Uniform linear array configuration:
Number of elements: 64
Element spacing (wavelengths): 0.5
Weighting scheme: cosine
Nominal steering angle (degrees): -60
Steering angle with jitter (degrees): -58.917
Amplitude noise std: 0.05
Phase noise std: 0.05

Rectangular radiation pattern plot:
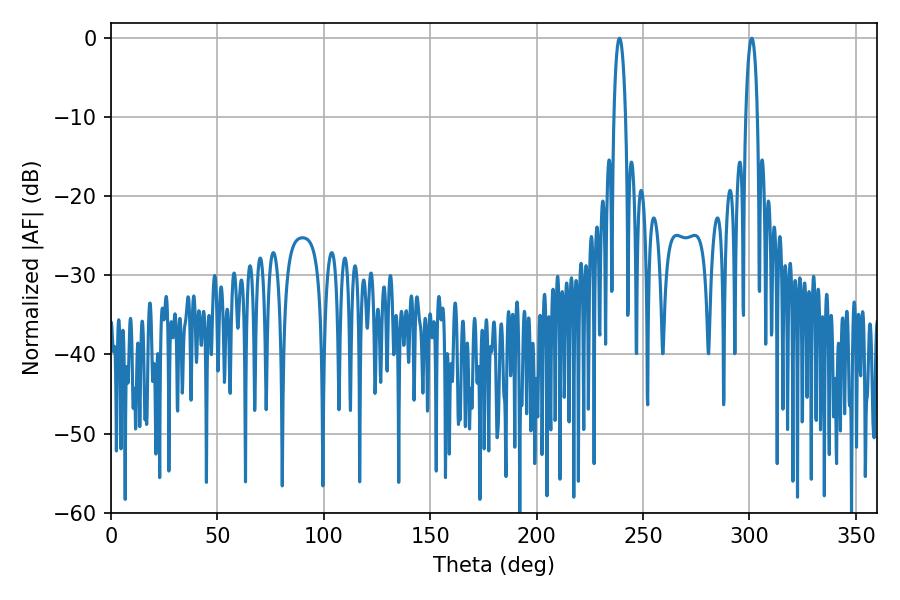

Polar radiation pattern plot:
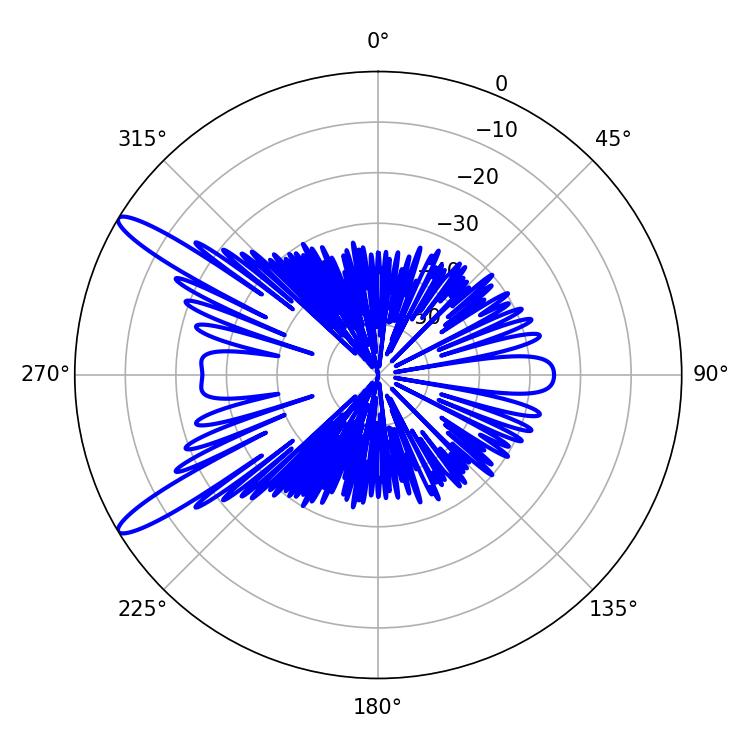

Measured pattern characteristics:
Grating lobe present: FALSE
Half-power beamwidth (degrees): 3.06
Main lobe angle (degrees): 301.14